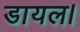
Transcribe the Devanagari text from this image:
डायल।